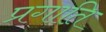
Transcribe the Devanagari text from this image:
प्रगाति